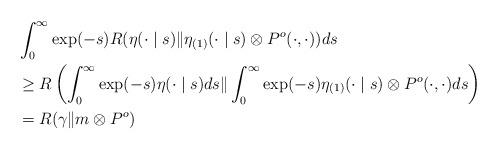
LaTeX: \begin{align*}&\int_0^{\infty} \exp(-s) R (\eta(\cdot \mid s)\| \eta_{(1)}(\cdot \mid s) \otimes P^o(\cdot,\cdot)) ds\\&\ge R\left (\int_0^{\infty} \exp(-s) \eta(\cdot \mid s) ds\| \int_0^{\infty} \exp(-s) \eta_{(1)}(\cdot \mid s) \otimes P^o(\cdot,\cdot) ds\right)\\&= R(\gamma \| m \otimes P^o)\end{align*}